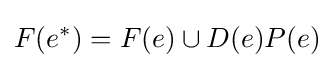
F(e^{*})=F(e)\cup D(e)P(e)